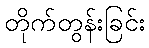
တိုက်တွန်းခြင်း